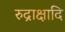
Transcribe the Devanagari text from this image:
रुद्राक्षादि